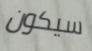
سيكون